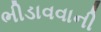
ભીડાવવાની